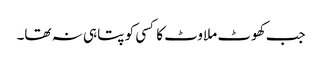
جب کھوٹ ملاوٹ کا کسی کو پتا ہی نہ تھا۔